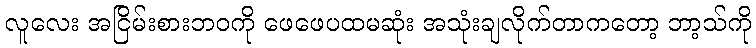
လူလေး အငြိမ်းစားဘဝကို ဖေဖေပထမဆုံး အသုံးချလိုက်တာကတော့ ဘာ့သ်ကို